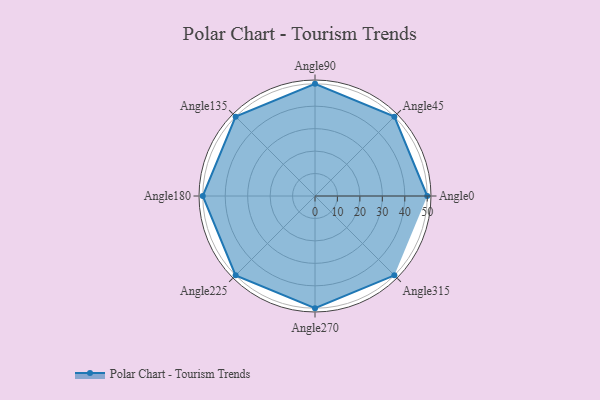
{"axis": {"x": "Angle", "y": "Radius"}, "legend": [""], "data": [{"x": "Angle0", "y": 50, "type": ""}, {"x": "Angle45", "y": 50, "type": ""}, {"x": "Angle90", "y": 50, "type": ""}, {"x": "Angle135", "y": 50, "type": ""}, {"x": "Angle180", "y": 50, "type": ""}, {"x": "Angle225", "y": 50, "type": ""}, {"x": "Angle270", "y": 50, "type": ""}, {"x": "Angle315", "y": 50.0, "type": ""}]}